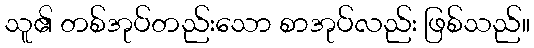
သူ၏ တစ်အုပ်တည်းသော စာအုပ်လည်း ဖြစ်သည်။